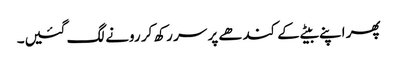
پھر اپنے بیٹے کے کندھے پر سر رکھ کر رونے لگ گئیں۔